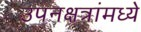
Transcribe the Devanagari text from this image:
उपनक्षत्रांमध्ये